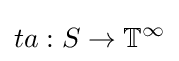
ta:S\rightarrow \mathbb {T} ^{\infty }